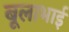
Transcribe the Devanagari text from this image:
बूलाभाई